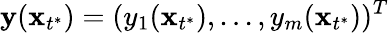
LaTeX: \mathbf y(\mathbf x_{t^{*}})=(y_{1}(\mathbf x_{t^{*}}),...,y_{m}(\mathbf x_{t^{*}}))^{T}